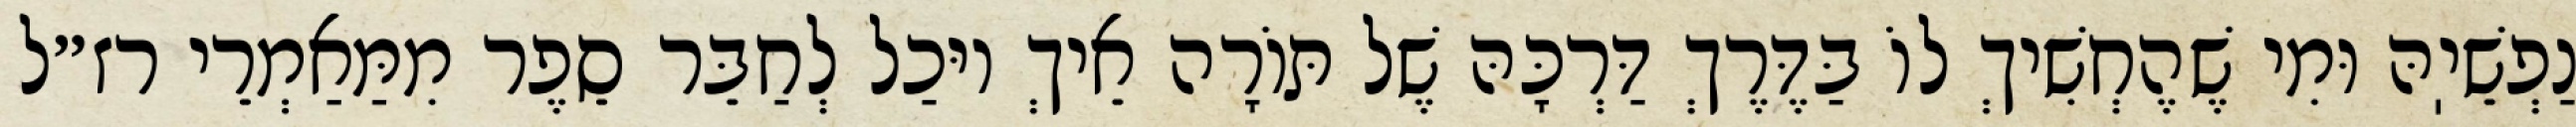
נַפְשֵׁיֽהּ וּמִי שֶׁהֶחְשִׁיךְ לוֹ בַּדֶּרֶךְ דַּרְכָּהּ שֶׁל תּוֹרָה אֵיךְ יוּכַל לְחַבֵּר סֵפֶר מִמַּאַמְרֵי רז״ל